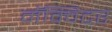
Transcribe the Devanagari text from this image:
मॅक्विटर